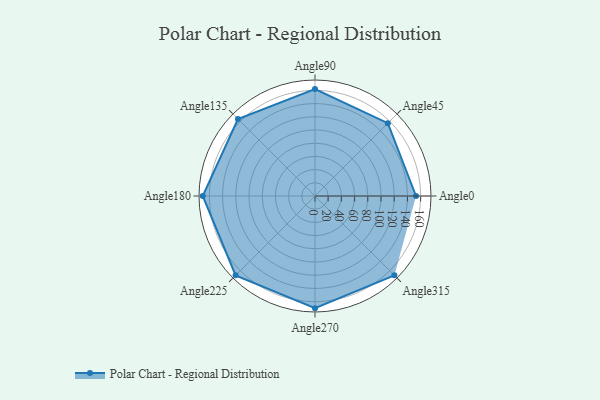
{"axis": {"x": "Angle", "y": "Radius"}, "legend": [""], "data": [{"x": "Angle0", "y": 153.0, "type": ""}, {"x": "Angle45", "y": 156.0, "type": ""}, {"x": "Angle90", "y": 162.0, "type": ""}, {"x": "Angle135", "y": 165.0, "type": ""}, {"x": "Angle180", "y": 170, "type": ""}, {"x": "Angle225", "y": 170, "type": ""}, {"x": "Angle270", "y": 170, "type": ""}, {"x": "Angle315", "y": 170, "type": ""}]}